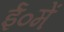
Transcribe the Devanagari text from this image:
ई०में